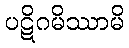
ပဋိဂမိဿာမိ